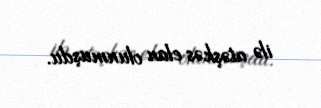
ilə atəşkəs elan olunmuşdu.